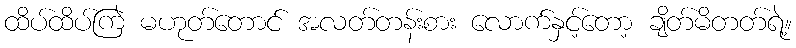
ထိပ်ထိပ်ကြဲ မဟုတ်တောင် အလတ်တန်းစား လောက်နှင့်တော့ ချိတ်မိတတ်ရဲ့။